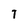
Character: 7